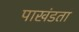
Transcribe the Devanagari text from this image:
पाखंडता